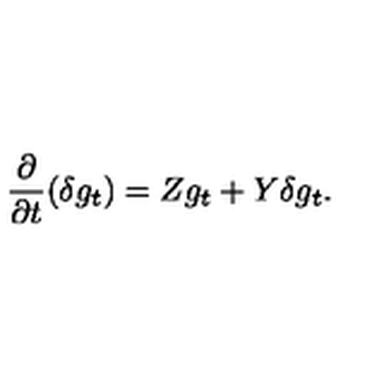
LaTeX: \frac { \partial } { \partial t } ( \delta g _ { t } ) = Z g _ { t } + Y \delta g _ { t } .